Annual report of the Punjab Veterinary College and of the Civil Veterinary Department, Punjab - 1894-1908
Year: 1894
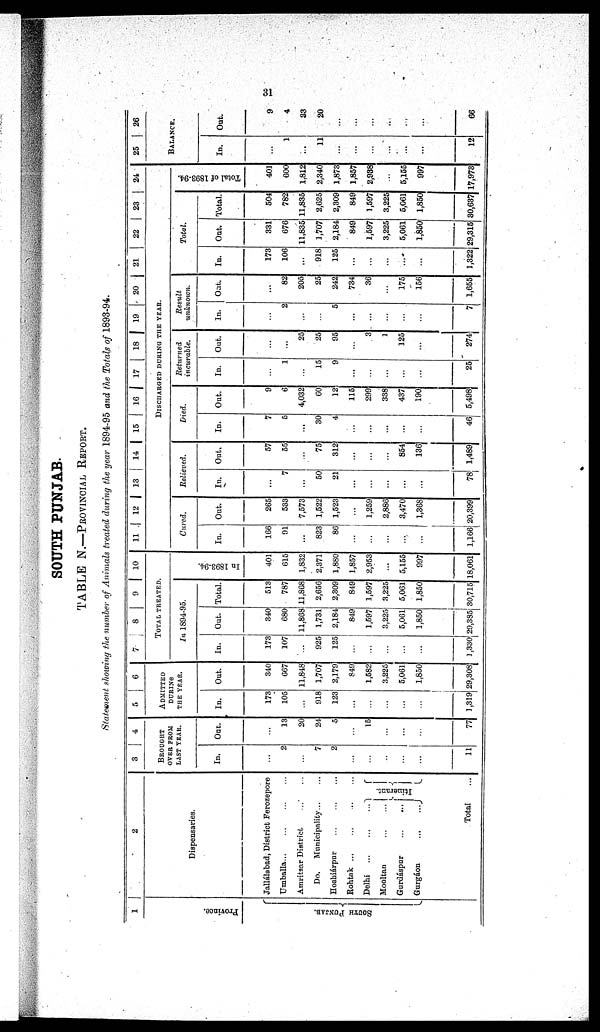
31
SOUTH PUNJAB.
TABLE N.—PROVINCIAL REPORT.
Statement showing the number of Animals treated during the year 1894-95 and the Totals of 1893-94.
1
Province.
Sout h Punj ab.
1
2
Dispensaries.
Jallálabad, District Ferozepore
Umballa
...
...
...
Amritsar District ...
Do.
Municipality...
Hoshiárpur ... ...
Rohtak ... ... ...
Delhi
...
...
...
Mooltan ... ...
Gurdáspur ... ...
Gurgáon
...
...
Total
...
...
...
...
...
Itinerant.
...
3
4
BROUGHT
OVER FROM
LAST YEAR.
In.
...
2
...
7
2
...
...
...
...
...
11
Out.
...
13
20
24
5
...
15
...
...
...
77
5
6
ADMITTED
DURING
THE YEAR.
In.
173
105
...
918
123
...
...
...
...
...
1,319
Out.
340
667
11,848
1,707
2,179
849
1,582
3,225
5,061
1,850
29,308
7
8
0
10
TOTAL TREATED.
In 1894-95.
In.
173
107
...
925
125
...
...
...
...
...
1,330
Out.
340
680
11,868
1,731
2,184
849
1,597
3,225
5,061
1,850
29,385
Total.
513
787
11,868
2,656
2,309
849
1,597
3,225
5,061
1,850
30,715
In 1893- 94.
401
615
1,832
2,371
1,880
1,857
2,953
...
5,155
997
18,061
11
12
13
14
15
16 17 18 19 20 21 22 23 24
DISCHARGED DURING THE YEAR.
Cured.
In.
166
91
...
823
86
...
...
...
...
...
1,166
Out.
265
533
7,573
1,522
1,523
...
1,259
2,886
3,470
1,368
20,399
Relieved.
In.
...
7
...
50
21
...
...
...
...
...
78
Out.
57
55
75
312
...
...
...
854
136
1,489
Died.
In.
7
5
...
30
4
...
...
...
...
...
46
Out.
9
6
4,032
60
12
115
299
338
437
190
5,498
Returned
incurable.
In.
...
1
15
9
...
...
...
...
...
25
Out.
...
...
25
25
95
...
3
1
125
...
274
Result
unknown.
In.
...
2
...
5
...
...
...
...
...
7
Out.
...
82
205
25
242
734
36
...
175
156
1,655
Total.
In.
173
106
...
918
125
...
...
...
...
...
1,322
Out.
331
676
11,835
1,707
2,184
849
1,597
3,225
5,061
1,850
29,315
Total.
504
782
11,835
2,625
2,309
849
1,597
3,225
5,061
1,850
30,637
Total of 1893-94.
401
600
1,812
2,340
1,873
1,857
2,938
...
5,155
997
17,973
25
26
BALANCE.
In.
...
1
...
11
...
...
...
...
...
...
12
Out.
9
4
33
20
...
...
...
...
...
...
66